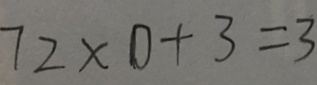
7 2 \times 0 + 3 = 3